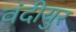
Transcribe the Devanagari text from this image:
वंदीयुर